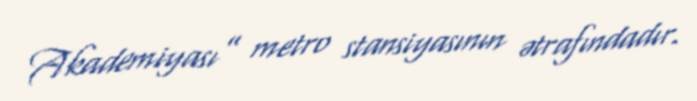
Akademiyası” metro stansiyasının ətrafındadır.